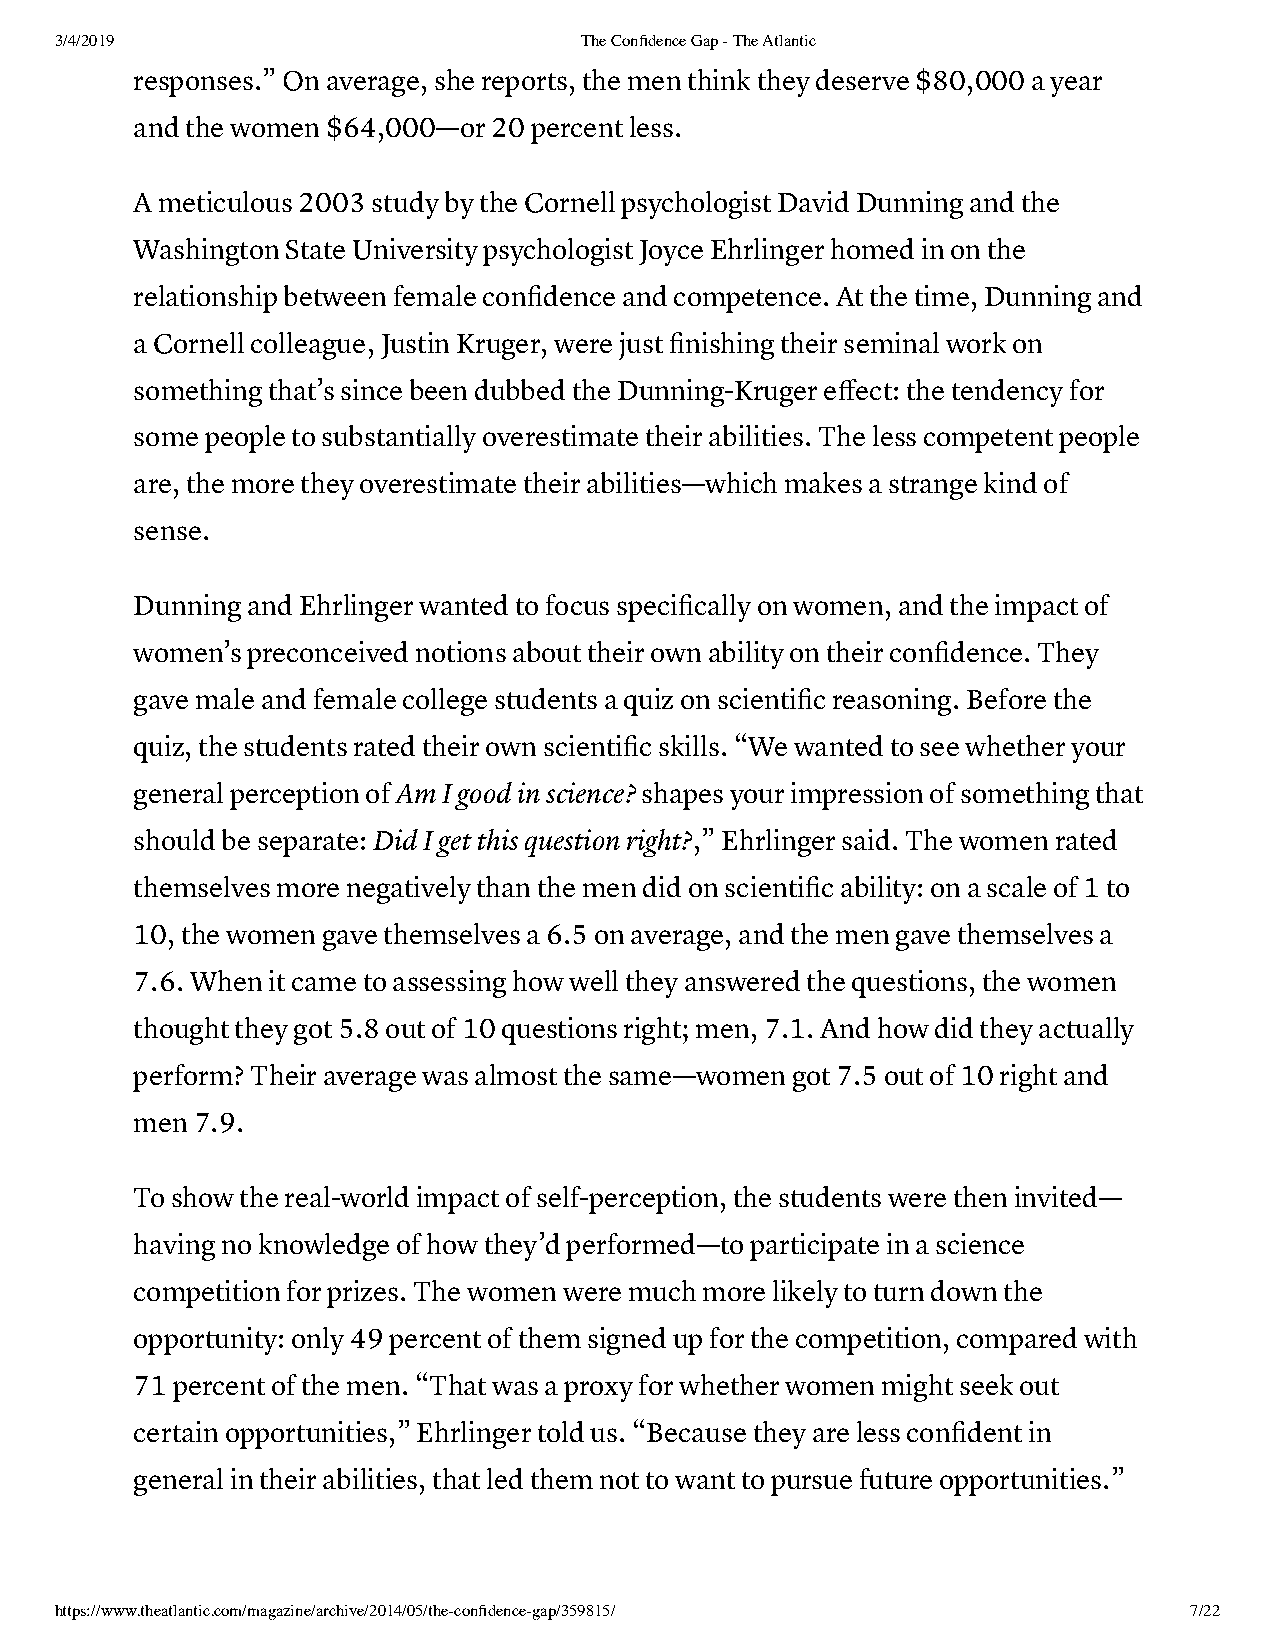
3/4/2019                          The Confidence Gap - The Atlantic
 responses.” On average, she reports, the men think they deserve $80,000 a year
 and the women $64,000—or 20 percent less.
 A meticulous 2003 study by the Cornell psychologist David Dunning and the
 Washington State University psychologist Joyce Ehrlinger homed in on the
 relationship between female confidence and competence. At the time, Dunning and
 a Cornell colleague, Justin Kruger, were just finishing their seminal work on
 something that’s since been dubbed the Dunning-Kruger effect: the tendency for
 some people to substantially overestimate their abilities. The less competent people
 are, the more they overestimate their abilities—which makes a strange kind of
 sense.
 Dunning and Ehrlinger wanted to focus specifically on women, and the impact of
 women’s preconceived notions about their own ability on their confidence. They
 gave male and female college students a quiz on scientific reasoning. Before the
 quiz, the students rated their own scientific skills. “We wanted to see whether your
 general perception of Am I good in science? shapes your impression of something that
 should be separate: Did I get this question right?,” Ehrlinger said. The women rated
 themselves more negatively than the men did on scientific ability: on a scale of 1 to
 10, the women gave themselves a 6.5 on average, and the men gave themselves a
 7.6. When it came to assessing how well they answered the questions, the women
 thought they got 5.8 out of 10 questions right; men, 7.1. And how did they actually
 perform? Their average was almost the same—women got 7.5 out of 10 right and
 men 7.9.
 To show the real-world impact of self-perception, the students were then invited—
 having no knowledge of how they’d performed—to participate in a science
 competition for prizes. The women were much more likely to turn down the
 opportunity: only 49 percent of them signed up for the competition, compared with
 71 percent of the men. “That was a proxy for whether women might seek out
 certain opportunities,” Ehrlinger told us. “Because they are less confident in
 general in their abilities, that led them not to want to pursue future opportunities.”
 https://www.theatlantic.com/magazine/archive/2014/05/the-confidence-gap/359815/ 7/22